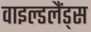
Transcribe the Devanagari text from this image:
वाइल्डलैंड्स